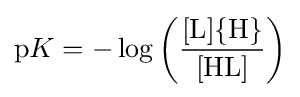
\mathrm {p} K=-\log \left({\frac {[\mathrm {L} ]\{\mathrm {H} \}}{[\mathrm {HL} ]}}\right)